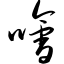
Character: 哙